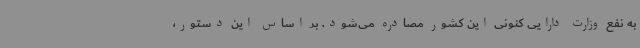
به نفع وزارت دارایی کنونی این کشور مصادره می‌شود. بر اساس این دستور،